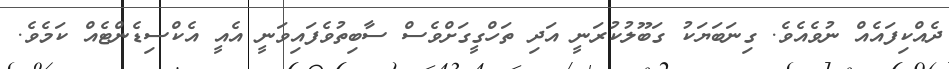
ދެއްކިފައެއް ނުވެއެވެ. ގިނަބަޔަކު ގަބޫލުކުރަނީ އަދި ތަހްގީގަށްވެސް ސާބިތުވެފައިވަނީ އެއީ އެކްސިޑެންޓެއް ކަމެވެ.